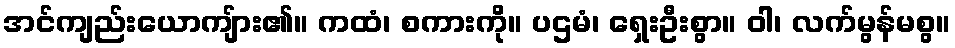
အင်ကျည်းယောကျ်ား၏။ ကထံ၊ စကားကို။ ပဌမံ၊ ရှေးဦးစွာ။ ဝါ၊ လက်မွန်မစွ။